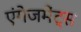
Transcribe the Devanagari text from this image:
एंगेजमेंट्स